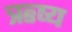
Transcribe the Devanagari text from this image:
ऋष्य